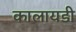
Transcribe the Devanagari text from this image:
कालायडी